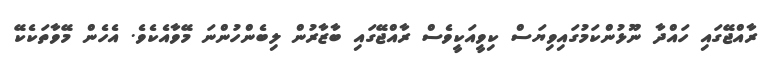
ރާއްޖޭގައި ހައްދާ ނޫޅުންކަމުގައިވިޔަސް ކިވީއަކީވެސް ރާއްޖޭގައި ބާޒާރުން ލިބެންހުންނަ މޭވާއެކެވެ. އެހެން މޭވާތަކެކޭ